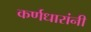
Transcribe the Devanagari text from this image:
कर्णधारांनी